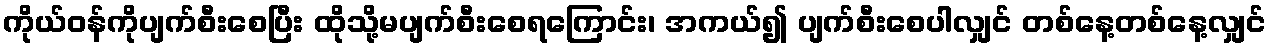
ကိုယ်ဝန်ကိုပျက်စီးစေပြီး ထိုသို့မပျက်စီးစေရကြောင်း၊ အကယ်၍ ပျက်စီးစေပါလျှင် တစ်နေ့တစ်နေ့လျှင်